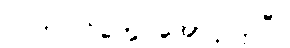
လက်ပြင်တွေ အောင့်လှပြီ။